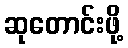
ဆုတောင်းဖို့